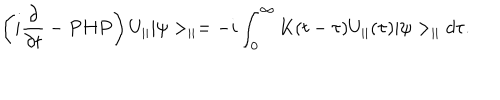
\left( i \frac { \partial } { \partial t } - P H P \right) U _ { | | } | \psi > _ { | | } = - i \int _ { 0 } ^ { \infty } K ( t - \tau ) U _ { | | } ( \tau ) | \psi > _ { | | } d \tau .